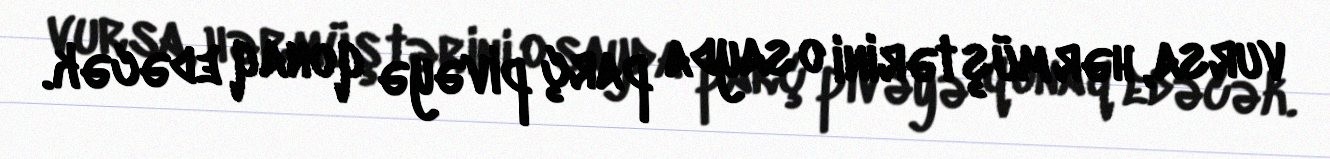
vursa, hər müştərini o sayda parç pivəyə qonaq edəcək.